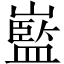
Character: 𡽾